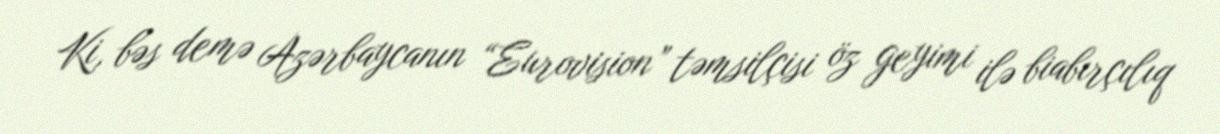
Ki, bəs demə Azərbaycanın “Eurovision” təmsilçisi öz geyimi ilə biabırçılıq